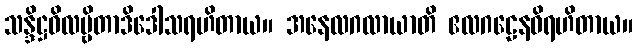
သန္ဒိဋ္ဌဝိလမ္ဗိတာဒိဒေါသရဟိတာယ။ အနေလဂလာယာတိ ဧလဂဠေနဝိရဟိတာယ။